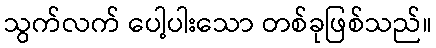
သွက်လက် ပေါ့ပါးသော တစ်ခုဖြစ်သည်။